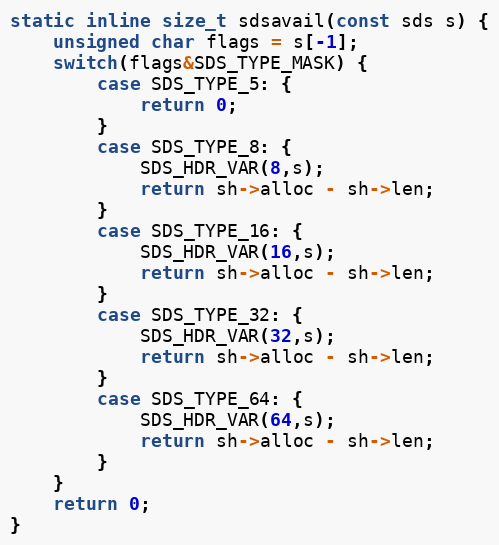
Language: C
static inline size_t sdsavail(const sds s) {
    unsigned char flags = s[-1];
    switch(flags&SDS_TYPE_MASK) {
        case SDS_TYPE_5: {
            return 0;
        }
        case SDS_TYPE_8: {
            SDS_HDR_VAR(8,s);
            return sh->alloc - sh->len;
        }
        case SDS_TYPE_16: {
            SDS_HDR_VAR(16,s);
            return sh->alloc - sh->len;
        }
        case SDS_TYPE_32: {
            SDS_HDR_VAR(32,s);
            return sh->alloc - sh->len;
        }
        case SDS_TYPE_64: {
            SDS_HDR_VAR(64,s);
            return sh->alloc - sh->len;
        }
    }
    return 0;
}